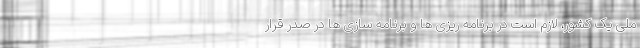
ملی یک کشور، لازم است در برنامه ریزی ها و برنامه سازی ها در صدر قرار